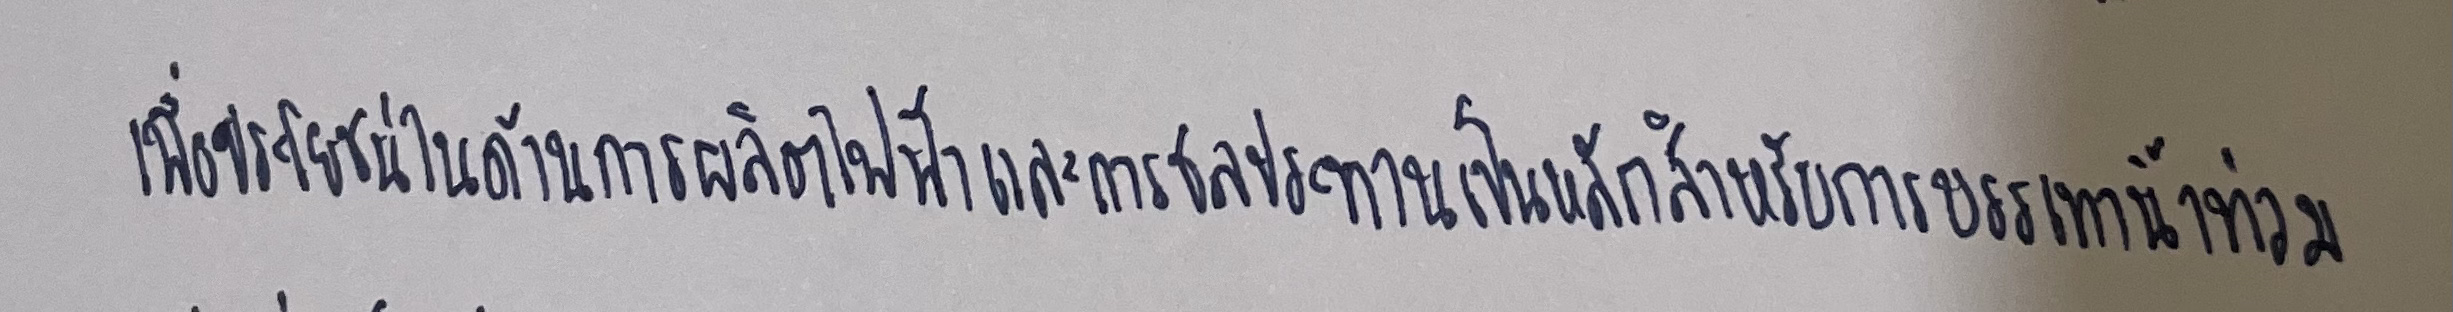
เพื่อประโยชน์ในด้านการผลิตไฟฟ้าและการชลประทานเป็นหลักสำหรับการบรรเทาน้ำท่วม